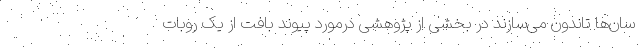
سان‌ها تاندون می‌سازند در بخشی از پژوهشی درمورد پیوند بافت از یک روبات